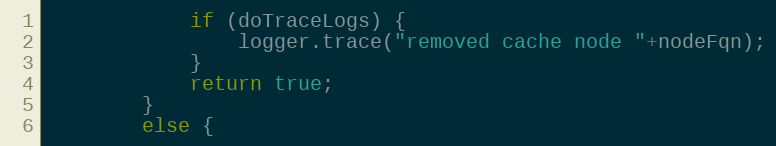
Language: Java
			if (doTraceLogs) {
				logger.trace("removed cache node "+nodeFqn);
			}
			return true;
		}
		else {